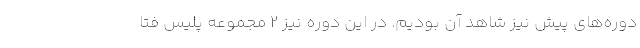
دوره‌های پیش نیز شاهد آن بودیم. در این دوره نیز ۲ مجموعه پلیس فتا